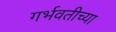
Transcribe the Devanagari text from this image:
गर्भवतीच्या